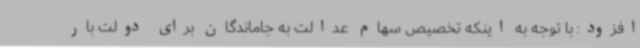
افزود: با توجه به اینکه تخصیص سهام عدالت به جاماندگان برای دولت بار